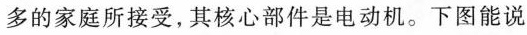
多的家庭所接受，其核心部件是电动机。下图能说